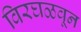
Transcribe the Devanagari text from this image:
विरघळवून